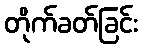
တိုက်ခတ်ခြင်း